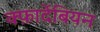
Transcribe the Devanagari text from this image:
क्फ़ार्देबियन